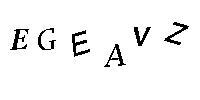
EGEAVZ